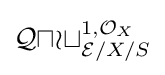
{\mathcal {Quot}}_{{\mathcal {E}}/X/S}^{1,{\mathcal {O}}_{X}}